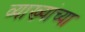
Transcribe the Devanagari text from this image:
व्याख्यांच्या